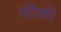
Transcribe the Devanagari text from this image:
सीको